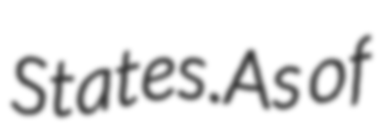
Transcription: States.As of